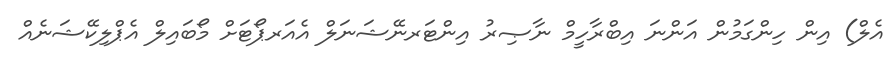
އެލް) އިން ހިންގަމުން އަންނަ އިބްރާހީމް ނާޞިރު އިންޓަރނޭޝަނަލް އެއަރޕޯޓަށް މޯބައިލް އެޕްލިކޭޝަނެއް